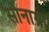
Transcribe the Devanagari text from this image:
सोनाग्रा